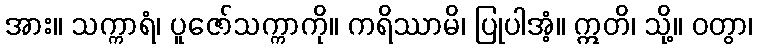
အား။ သက္ကာရံ၊ ပူဇော်သက္ကာကို။ ကရိဿာမိ၊ ပြုပါအံ့။ ဣတိ၊ သို့။ ဝတွာ၊